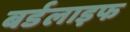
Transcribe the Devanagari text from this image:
बर्डलाइफ